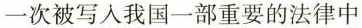
一次被写入我国一部重要的法律中